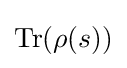
{\text{Tr}}(\rho (s))